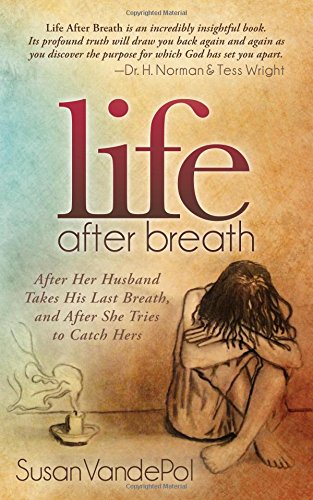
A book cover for Life After Breath: After Her Husband Takes His Last Breath, and After She Tries to Catch Hers (Morgan James Faith); Susan VandePol; Christian Books & Bibles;